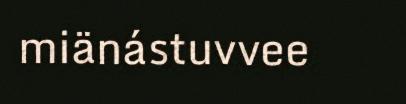
miänástuvvee